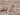
أريد